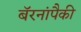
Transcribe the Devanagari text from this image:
बॅरनांपैकी